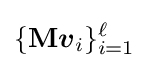
\{\mathbf {M} {\boldsymbol {v}}_{i}\}_{i=1}^{\ell }